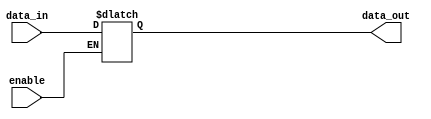
module bidirectional_buffer (
    input wire data_in,
    input wire enable,
    output reg data_out
);

always @ (data_in, enable)
begin
    if (enable)
        data_out <= data_in;
end

endmodule